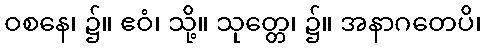
ဝစနေ၊ ၌။ ဧဝံ၊ သို့။ သုတ္တေ၊ ၌။ အနာဂတေပိ၊